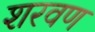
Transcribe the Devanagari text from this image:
शरवण